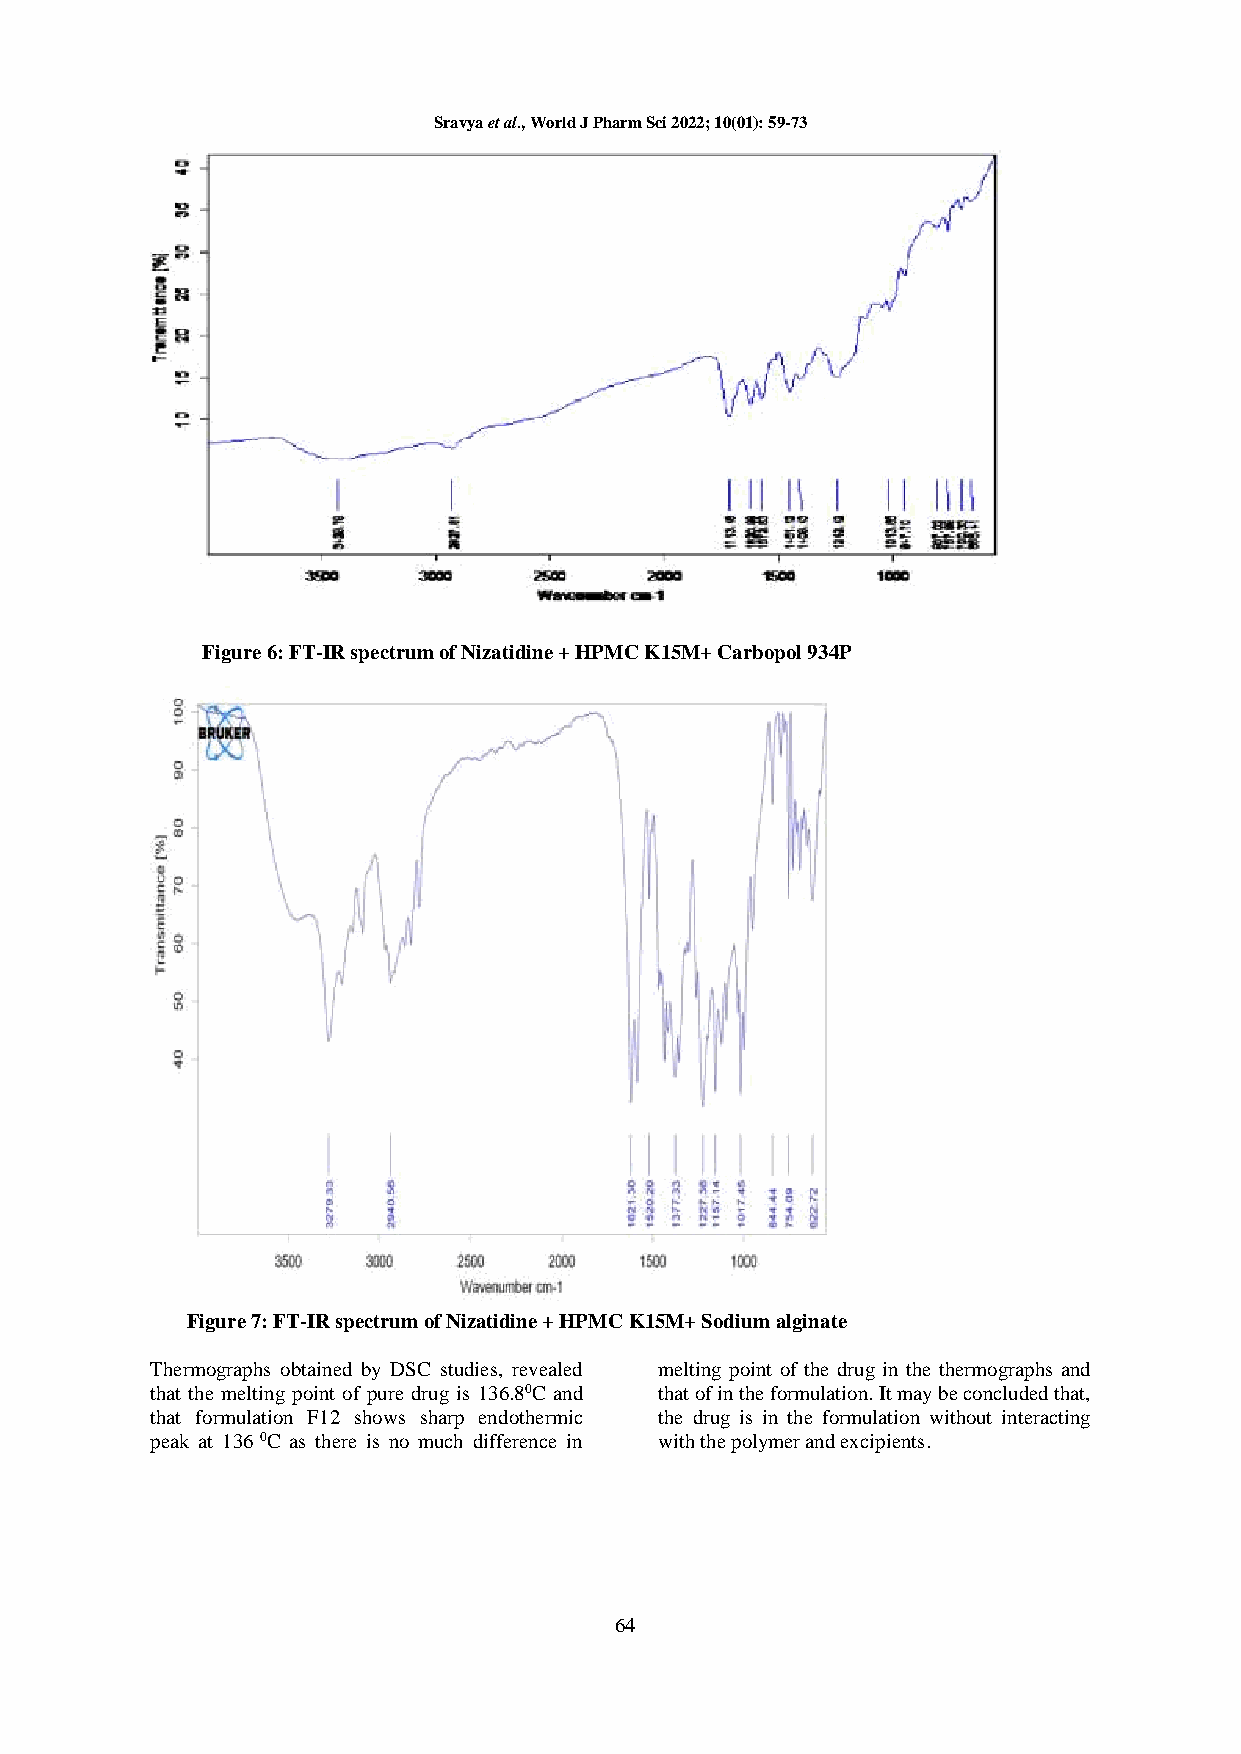
Sravya et al., World J Pharm Sci 2022; 10(01): 59-73
 Figure 6: FT-IR spectrum of Nizatidine + HPMC K15M+ Carbopol 934P
 Figure 7: FT-IR spectrum of Nizatidine + HPMC K15M+ Sodium alginate
 Thermographs obtained by DSC studies, revealed melting point of the drug in the thermographs and
 that the melting point of pure drug is 136.80C and that of in the formulation. It may be concluded that,
 that formulation F12 shows sharp endothermic the drug is in the formulation without interacting
 peak at 136 0C as there is no much difference in with the polymer and excipients.
 64